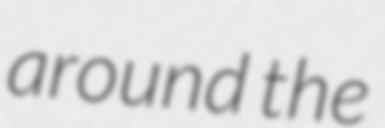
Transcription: around the